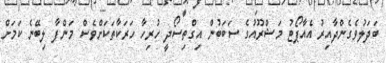
ބަދަލުވެގެންދާއިރު އެއާޕޯޓު މަޝްރޫއުގެ ސަބަބުން އިގްތިސޯދީ ހުރިހާ ހަރަކާތަކަށްވެސް މަންފާ ލިބޭނެ ކަމަށް